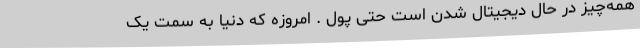
همه‌چیز در حال دیجیتال شدن است حتی پول . امروزه که دنیا به سمت یک